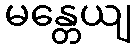
မန္တေယျ